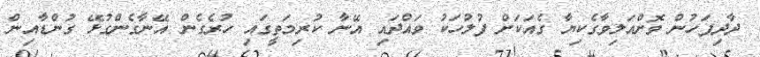
ދާދިފަހުން ވޮށްއަލިވާގެކިޔާ ގެއަކަށް ފުލުހަކު ވައްދައި އޭނާ ކުރިމަތީގައި ހުރެގެން އޭނާގެންގުޅޭ ގުންޑާއިން